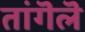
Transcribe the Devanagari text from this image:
तांगॆलॆ